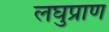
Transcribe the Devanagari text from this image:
लघुप्राण